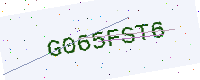
Text: G065FST6